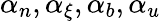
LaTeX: \alpha_{n},\alpha_{\xi},\alpha_{b},\alpha_{u}